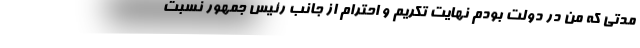
مدتی که من در دولت بودم نهایت تکریم و احترام از جانب رئیس جمهور نسبت